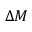
\Delta M